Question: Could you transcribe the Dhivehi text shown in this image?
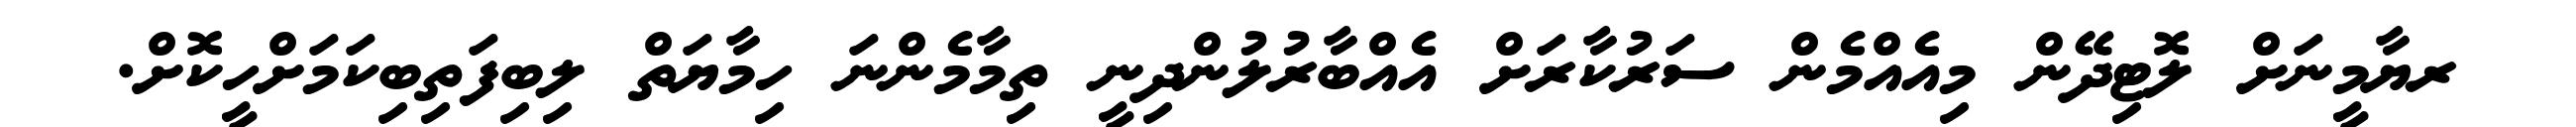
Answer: ރޔާމީނަށް ލޮޓިދޭން މިއެއްމެން ސަރުކާރަށް އެއްބާރުލުންދިނީ ތިމާމެންނަ ހިމާޔަތް ލިބިފަތިބިކަމަށްހީކޮށް.